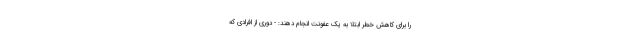
را برای کاهش خطر ابتلا به یک عفونت انجام دهند: - دوری از افرادی که